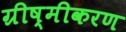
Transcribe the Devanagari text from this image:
ग्रीष्मीकरण